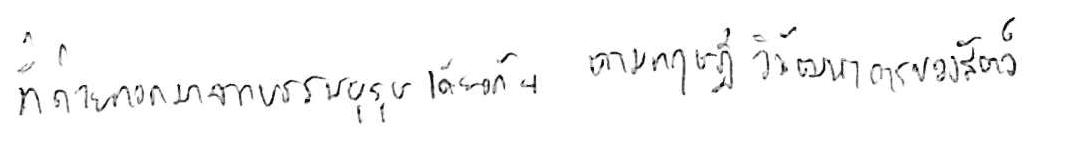
ที่ถ่ายทอดมาจากบรรพบุรุษเดียวกัน ตามทฤษฎีวิวัฒนาการของสัตว์